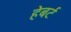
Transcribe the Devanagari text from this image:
हेबर्ट